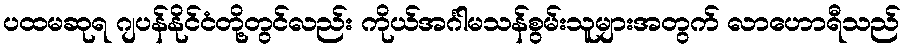
ပထမဆုရ ဂျပန်နိုင်ငံတို့တွင်လည်း ကိုယ်အင်္ဂါမသန်စွမ်းသူများအတွက် လာဟောရီသည်